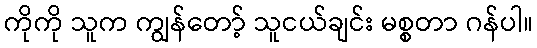
ကိုကို သူက ကျွန်တော့် သူငယ်ချင်း မစ္စတာ ဂန်ပါ။